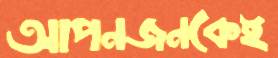
আপনজনকেই